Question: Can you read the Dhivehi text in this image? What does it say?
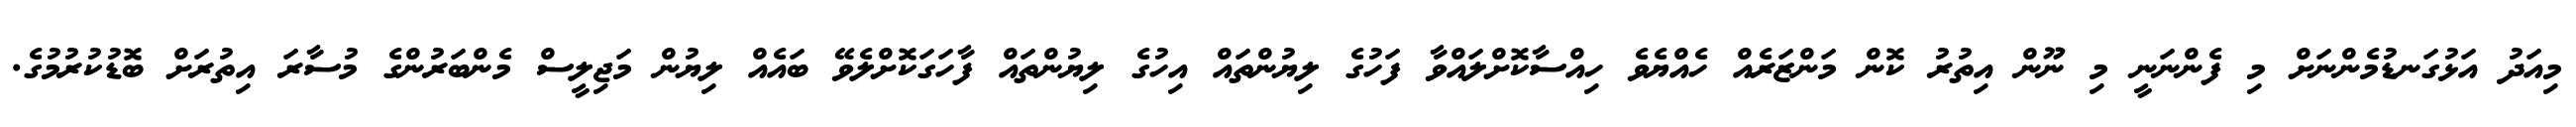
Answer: މިއަދު އަޅުގަނޑުމެންނަށް މި ފެންނަނީ މި ނޫން އިތުރު ކޮން މަންޒަރެއް ހެއްޔެވެ ހިއްސާކޮށްލައްވާ ފަހުގެ ލިޔުންތައް އިހުގެ ލިޔުންތައް ފާހަގަކޮށްލެވޭ ބައެއް ލިޔުން މަޖިލީސް މެންބަރުންގެ މުސާރަ އިތުރަށް ބޮޑުކުރުމުގެ.